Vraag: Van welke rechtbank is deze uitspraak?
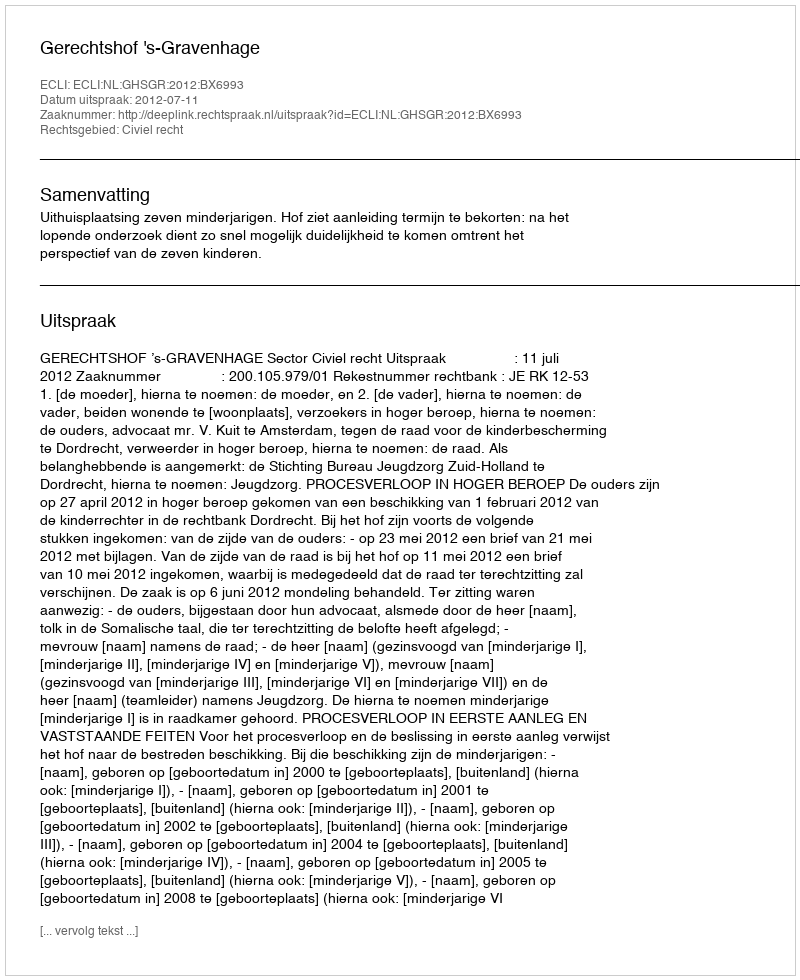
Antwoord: Gerechtshof 's-Gravenhage